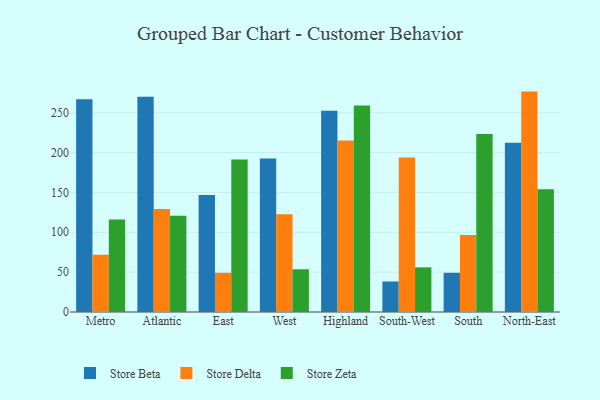
{"axis": {"x": "Region", "y": "LTV (USD)"}, "legend": ["Store Beta", "Store Delta", "Store Zeta"], "data": [{"x": "Metro", "y": 267.0, "type": "Store Beta"}, {"x": "Metro", "y": 71.7, "type": "Store Delta"}, {"x": "Metro", "y": 116.1, "type": "Store Zeta"}, {"x": "Atlantic", "y": 270.1, "type": "Store Beta"}, {"x": "Atlantic", "y": 129.3, "type": "Store Delta"}, {"x": "Atlantic", "y": 120.9, "type": "Store Zeta"}, {"x": "East", "y": 146.8, "type": "Store Beta"}, {"x": "East", "y": 49.2, "type": "Store Delta"}, {"x": "East", "y": 191.2, "type": "Store Zeta"}, {"x": "West", "y": 192.6, "type": "Store Beta"}, {"x": "West", "y": 122.5, "type": "Store Delta"}, {"x": "West", "y": 53.6, "type": "Store Zeta"}, {"x": "Highland", "y": 252.6, "type": "Store Beta"}, {"x": "Highland", "y": 215.2, "type": "Store Delta"}, {"x": "Highland", "y": 259.2, "type": "Store Zeta"}, {"x": "South-West", "y": 38.3, "type": "Store Beta"}, {"x": "South-West", "y": 193.8, "type": "Store Delta"}, {"x": "South-West", "y": 56.0, "type": "Store Zeta"}, {"x": "South", "y": 49.2, "type": "Store Beta"}, {"x": "South", "y": 96.5, "type": "Store Delta"}, {"x": "South", "y": 223.3, "type": "Store Zeta"}, {"x": "North-East", "y": 212.3, "type": "Store Beta"}, {"x": "North-East", "y": 276.5, "type": "Store Delta"}, {"x": "North-East", "y": 154.1, "type": "Store Zeta"}]}